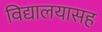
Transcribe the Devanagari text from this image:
विद्यालयासह